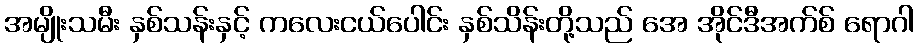
အမျိုးသမီး နှစ်သန်းနှင့် ကလေးငယ်ပေါင်း နှစ်သိန်းတို့သည် အေ အိုင်ဒီအက်စ် ရောဂါ